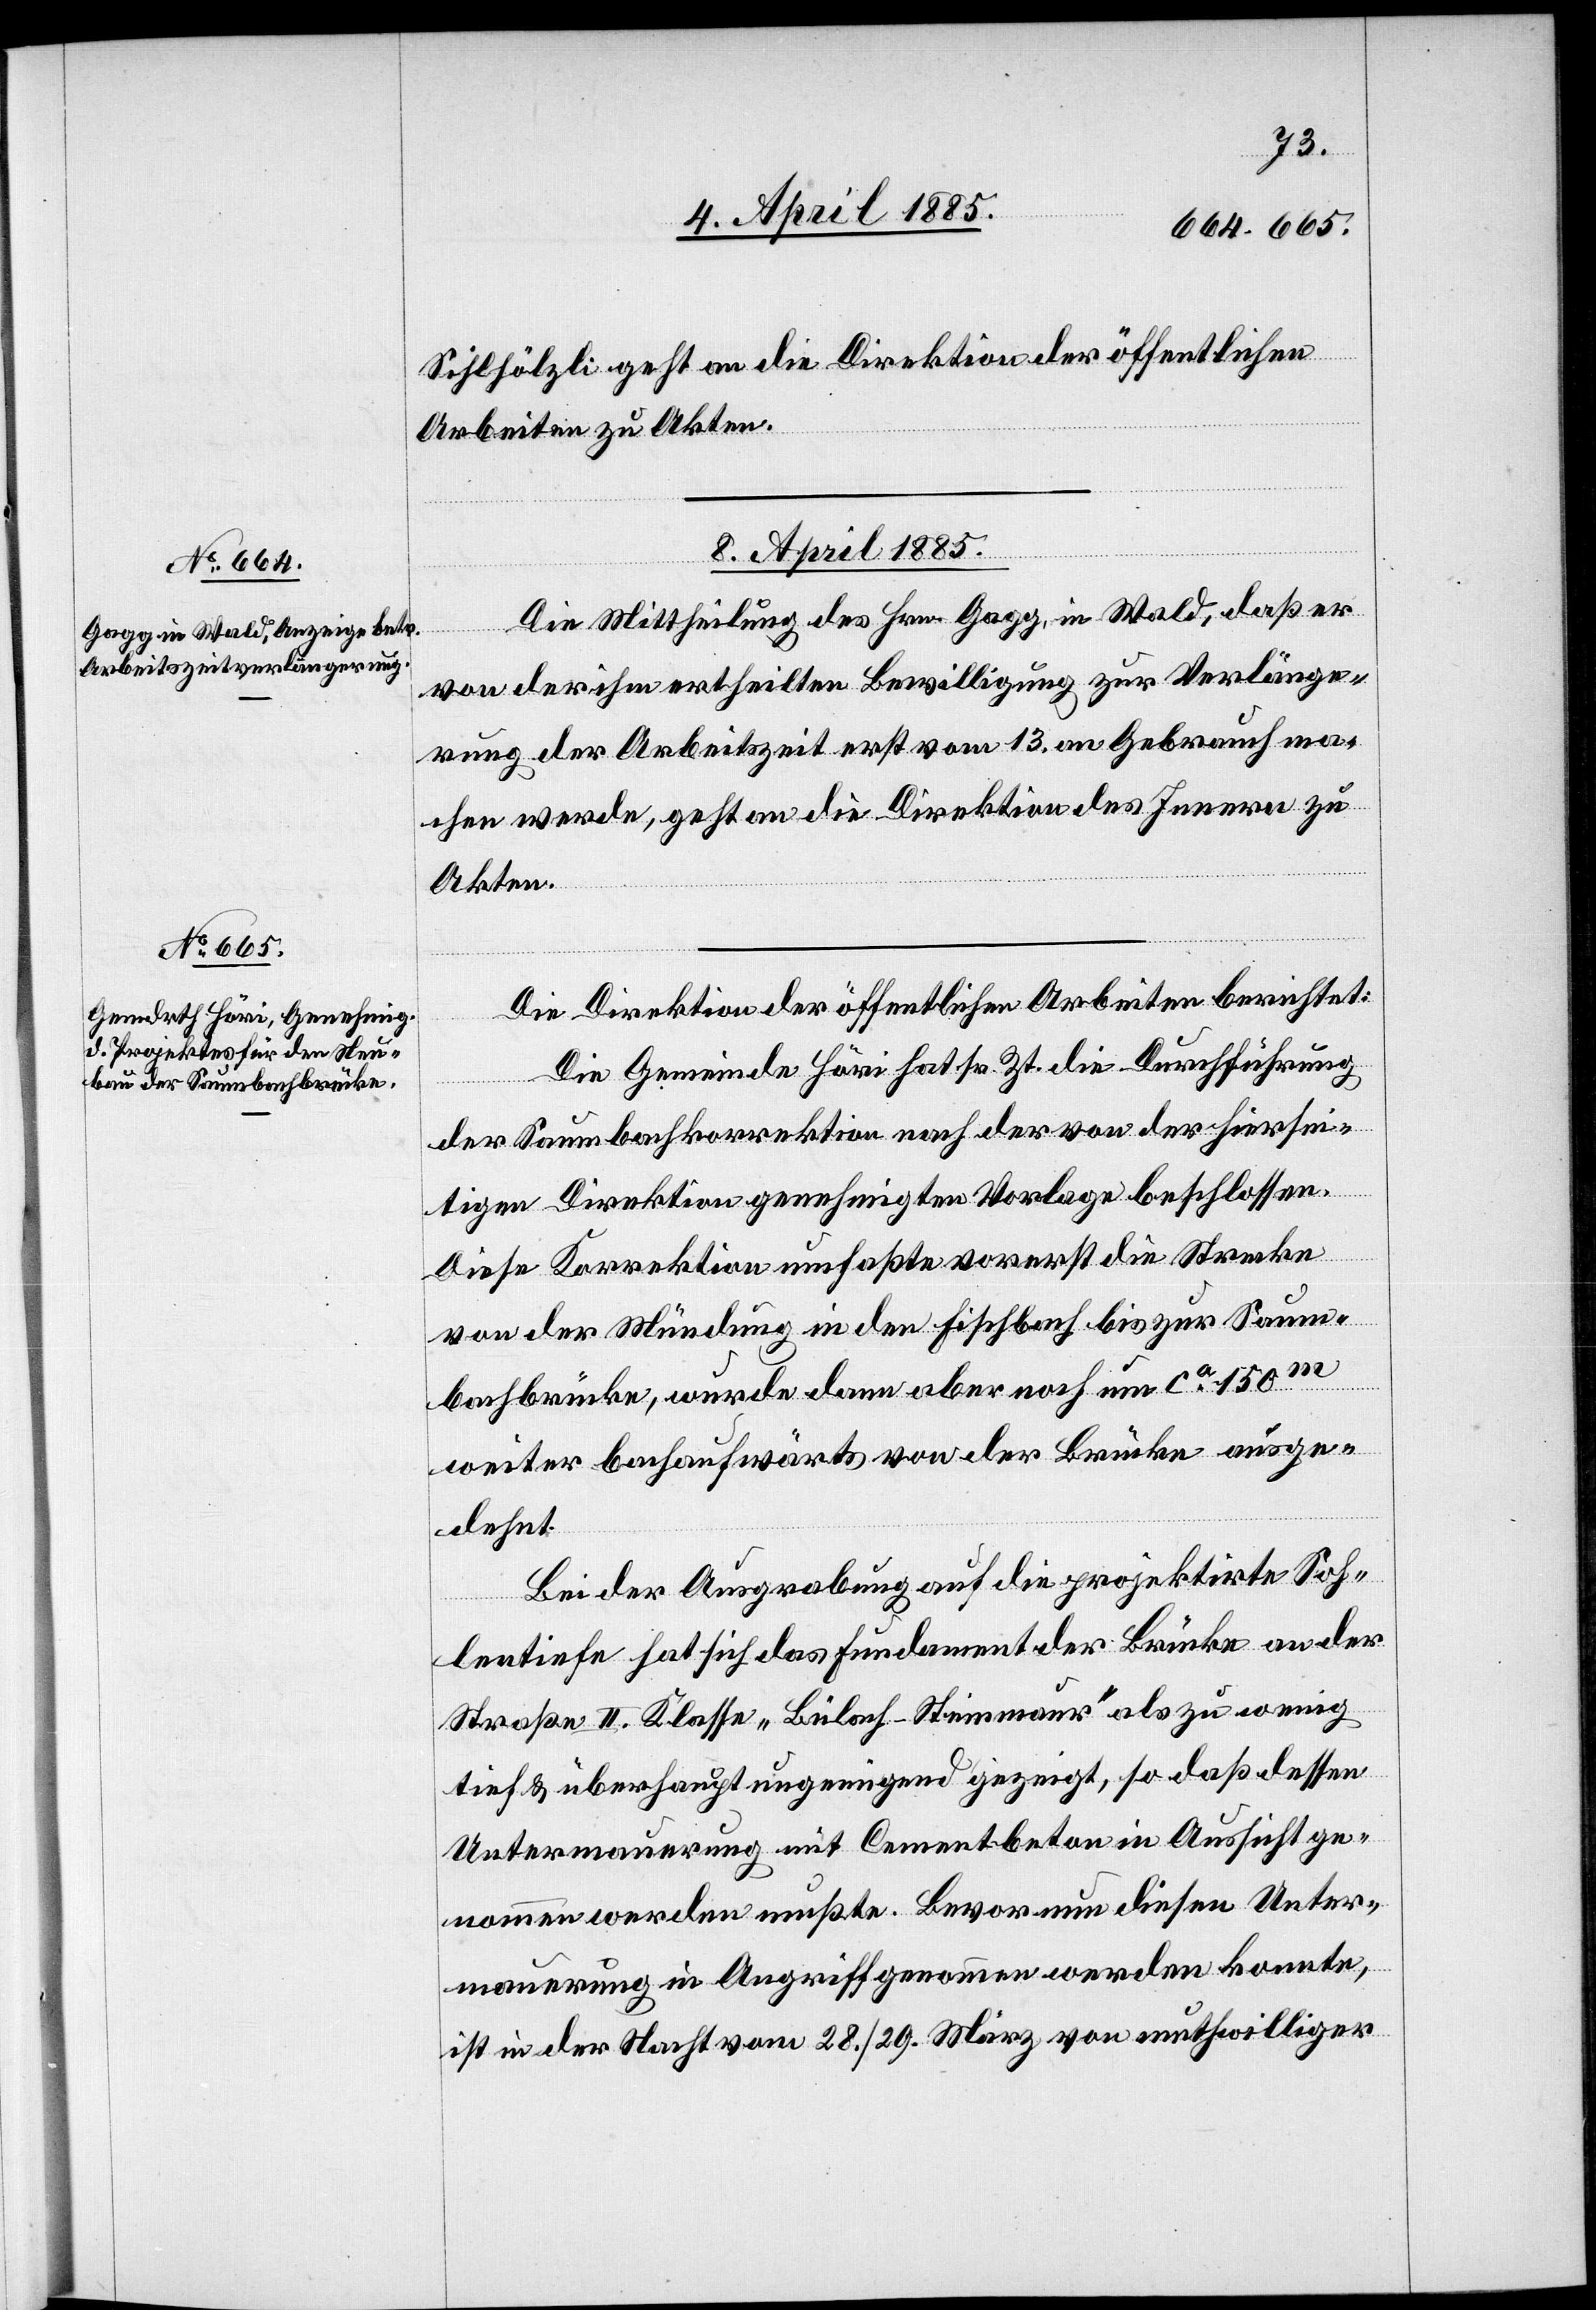
Sihlhölzli geht an die Direktion der öffentlichen
Arbeiten zu Akten.
08. April 1885.]
Die Mittheilung des Hrn. Gagg, in Wald, daß er
von der ihm ertheilten Bewilligung zur Verlänge¬
rung der Arbeitszeit erst vom 13. an Gebrauch ma¬
chen werde, geht an die Direktion des Innern zu
Akten.
Die Direktion der öffentlichen Arbeiten berichtet:
Die Gemeinde Höri hat sr. Zt. die Durchführung
der Saumbachkorrektion nach der von der hiersei¬
tigen Direktion genehmigten Vorlage beschlossen.
Diese Korrektion umfaßte vorerst die Strecke
von der Mündung in den Fischbach bis zur Saum¬
bachbrücke, wurde dann aber noch um ca 150 m
weiter bachaufwärts von der Brücke ausge¬
dehnt.
Bei der Ausgrabung auf die projektirte Soh¬
lentiefe hat sich das Fundament der Brücke an der
Straße II. Klasse „Bülach–Steinmaur“ als zu wenig
tief & überhaupt ungenügend gezeigt, so daß dessen
Untermauerung mit Cementbeton in Aussicht ge¬
nommen werden mußte. Bevor nun diesen [sic!] Unter¬
mauerung in Angriff genommen werden konnte,
ist in der Nacht vom 28./29. März von muthwilliger